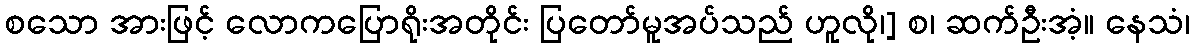
စသော အားဖြင့် လောကပြောရိုးအတိုင်း ပြတော်မူအပ်သည် ဟူလို၊] စ၊ ဆက်ဦးအံ့။ နေသံ၊